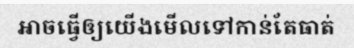
អាចធ្វើឲ្យយើងមើលទៅកាន់តែធាត់